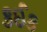
કઈક